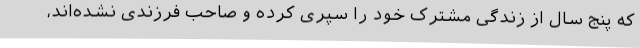
که پنج سال از زندگی مشترک خود را سپری کرده‌ و صاحب فرزندی نشده‌اند،